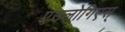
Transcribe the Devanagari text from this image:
एउलोगिएस्